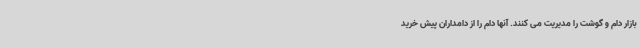
بازار دام و گوشت را مدیریت می کنند. آنها دام را از دامداران پیش خرید